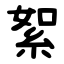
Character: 絮